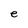
Character: e